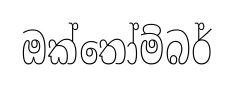
ඔක්තෝම්බර්